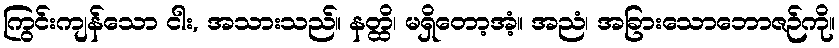
ကြွင်းကျန်သော ငါး, အသားသည်။ နတ္ထိ၊ မရှိတော့အံ့။ အညံ၊ အခြားသောဘောဇဉ်ကို။